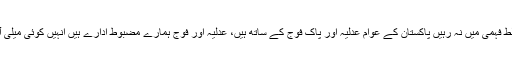
لیکن نااہل وزیر اعظم کسی غلط فہمی میں نہ رہیں پاکستان کے عوام عدلیہ اور پاک فوج کے ساتھ ہیں، عدلیہ اور فوج ہمارے مضبوط ادارے ہیں انہیں کوئی میلی آنکھ سے بھی نہیں دیکھ سکتا۔